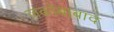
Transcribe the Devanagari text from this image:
जकोबाबाद